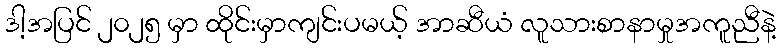
ဒါ့အပြင် ၂၀၂၅ မှာ ထိုင်းမှာကျင်းပမယ့် အာဆီယံ လူသားစာနာမှုအကူညီနဲ့